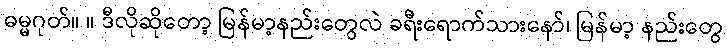
ဓမ္မဂုတ်။ ။ ဒီလိုဆိုတော့ မြန်မာ့နည်းတွေလဲ ခရီးရောက်သားနော်၊ မြန်မာ့ နည်းတွေ